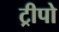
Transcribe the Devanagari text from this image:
ट्रीपो